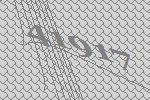
41917